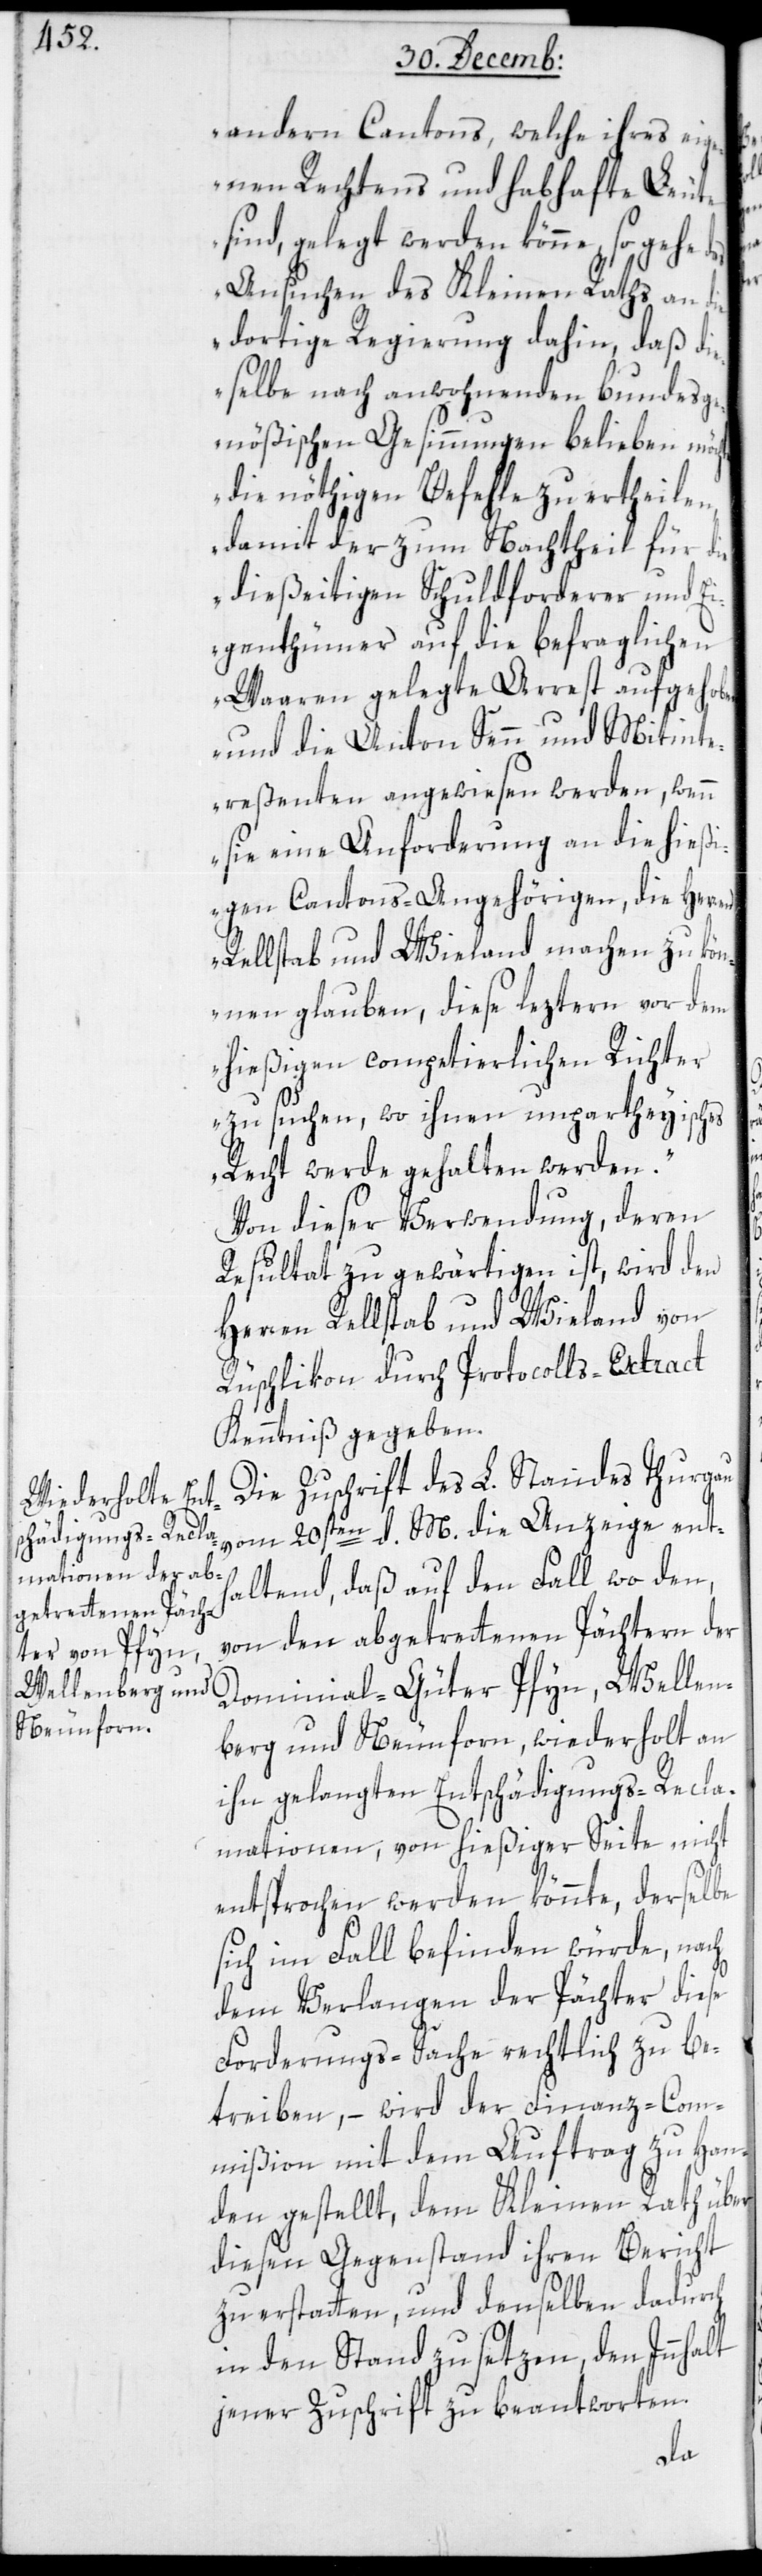
andern Cantons, welche ihres eig¬
enen Rechtens und habhafte Leute
sind, gelegt werden könne, so gehe
Ansuchen des Kleinen Raths an die
dortige Regierung dahin, daß di¬
eselbe nach anwohnenden bundesge¬
nößigen Gesinnungen belieben möch¬
die nöthigen Befehle zu ertheilen,
damit der zum Nachtheil für die
dießeitigen Schuldforderer und Ei¬
genthümer auf die befraglichen
Waaren gelegte Arrest aufgehobe¬
und die Anton Senn und Mitinte¬
reßenten angewiesen werden, wenn
sie eine Anforderung an die hießi¬
gen Cantons-Angehörigen, die Herren
Rellstab und Wieland machen zu kön¬
nen glauben, diese leztern vor dem
hießigen competierlichen Richter
n,
zu suchen, wo ihnen unpartheyisches
Recht werde gehalten werden.“
Von dieser Verwendung, deren
Resultat zu gewärtigen ist, wird den
Herren Rellstab und Wieland von
Rüschlikon durch Protocolls-Extract
Kenntniß gegeben.
Die Zuschrift des L. Standes Thurgau
vom 20sten d. M. die Anzeige enth¬
altend, daß auf den Fall wo den,
von den abgetretenen Pächtern der
Dominial-Güter Pfyn, Wellen¬
berg und Neunforn, wiederholt an
ihn gelangten Entschädigungs-Recla¬
mationen, von hießiger Seite nicht
entsprochen werden könnte, derselbe
sich im Fall befinden würde, nach
dem Verlangen der Pächter diese
Forderungs-Sache rechtlich zu be¬
treiben, – wird der Finanz-Com¬
mißion mit dem Auftrag zu Han¬
den gestellt, dem Kleinen Rath über
diesen Gegenstand ihren Bericht
zu erstatten, und denselben dadurch
in den Stand zu setzen, den Innhalt
jener Zuschrift zu beantworten.
das